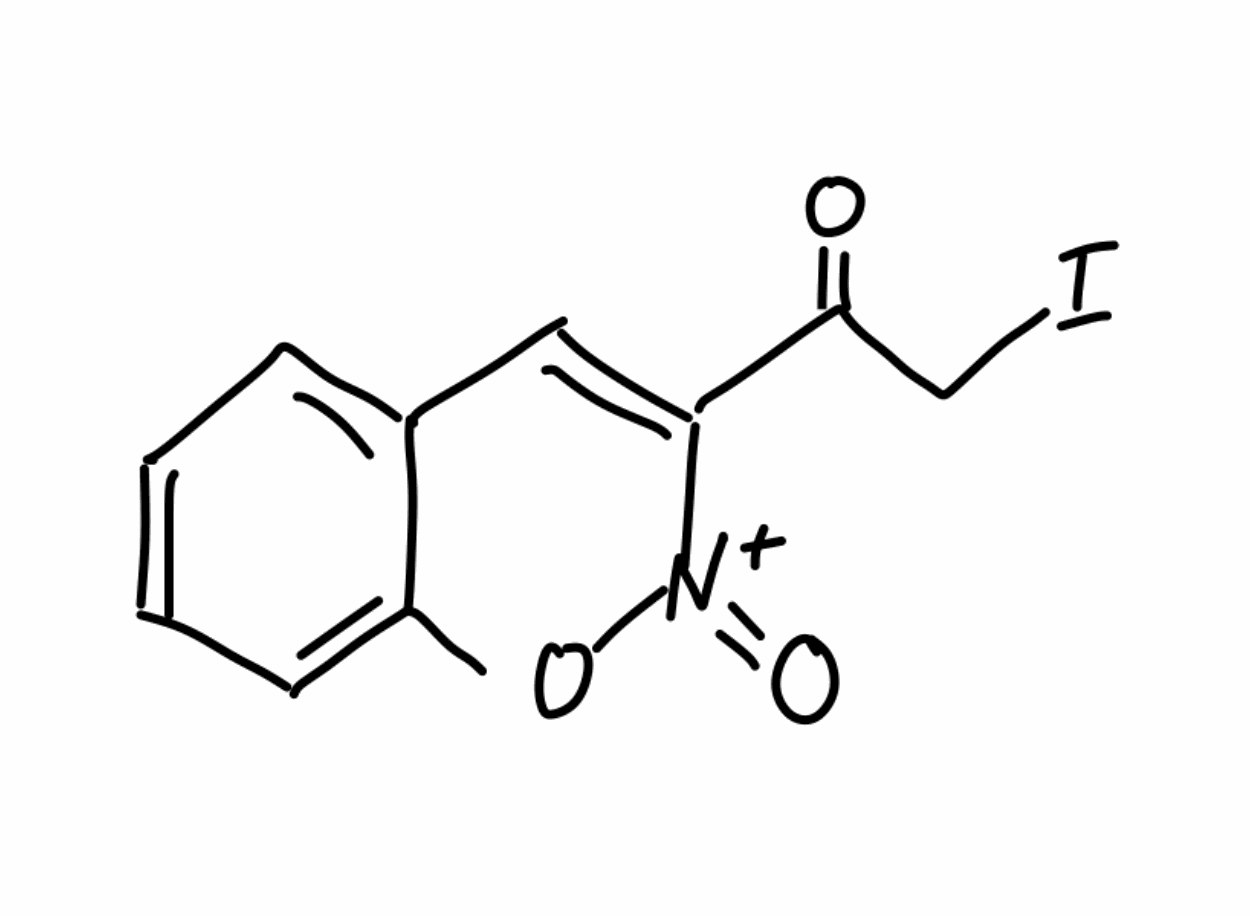
Simplified molecular-input line-entry system (SMILES) notation of the given molecule:
C1=CC=C2C(=C1)C=C([N+](=O)O2)C(=O)CI